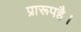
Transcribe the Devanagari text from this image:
प्रारूपहै।